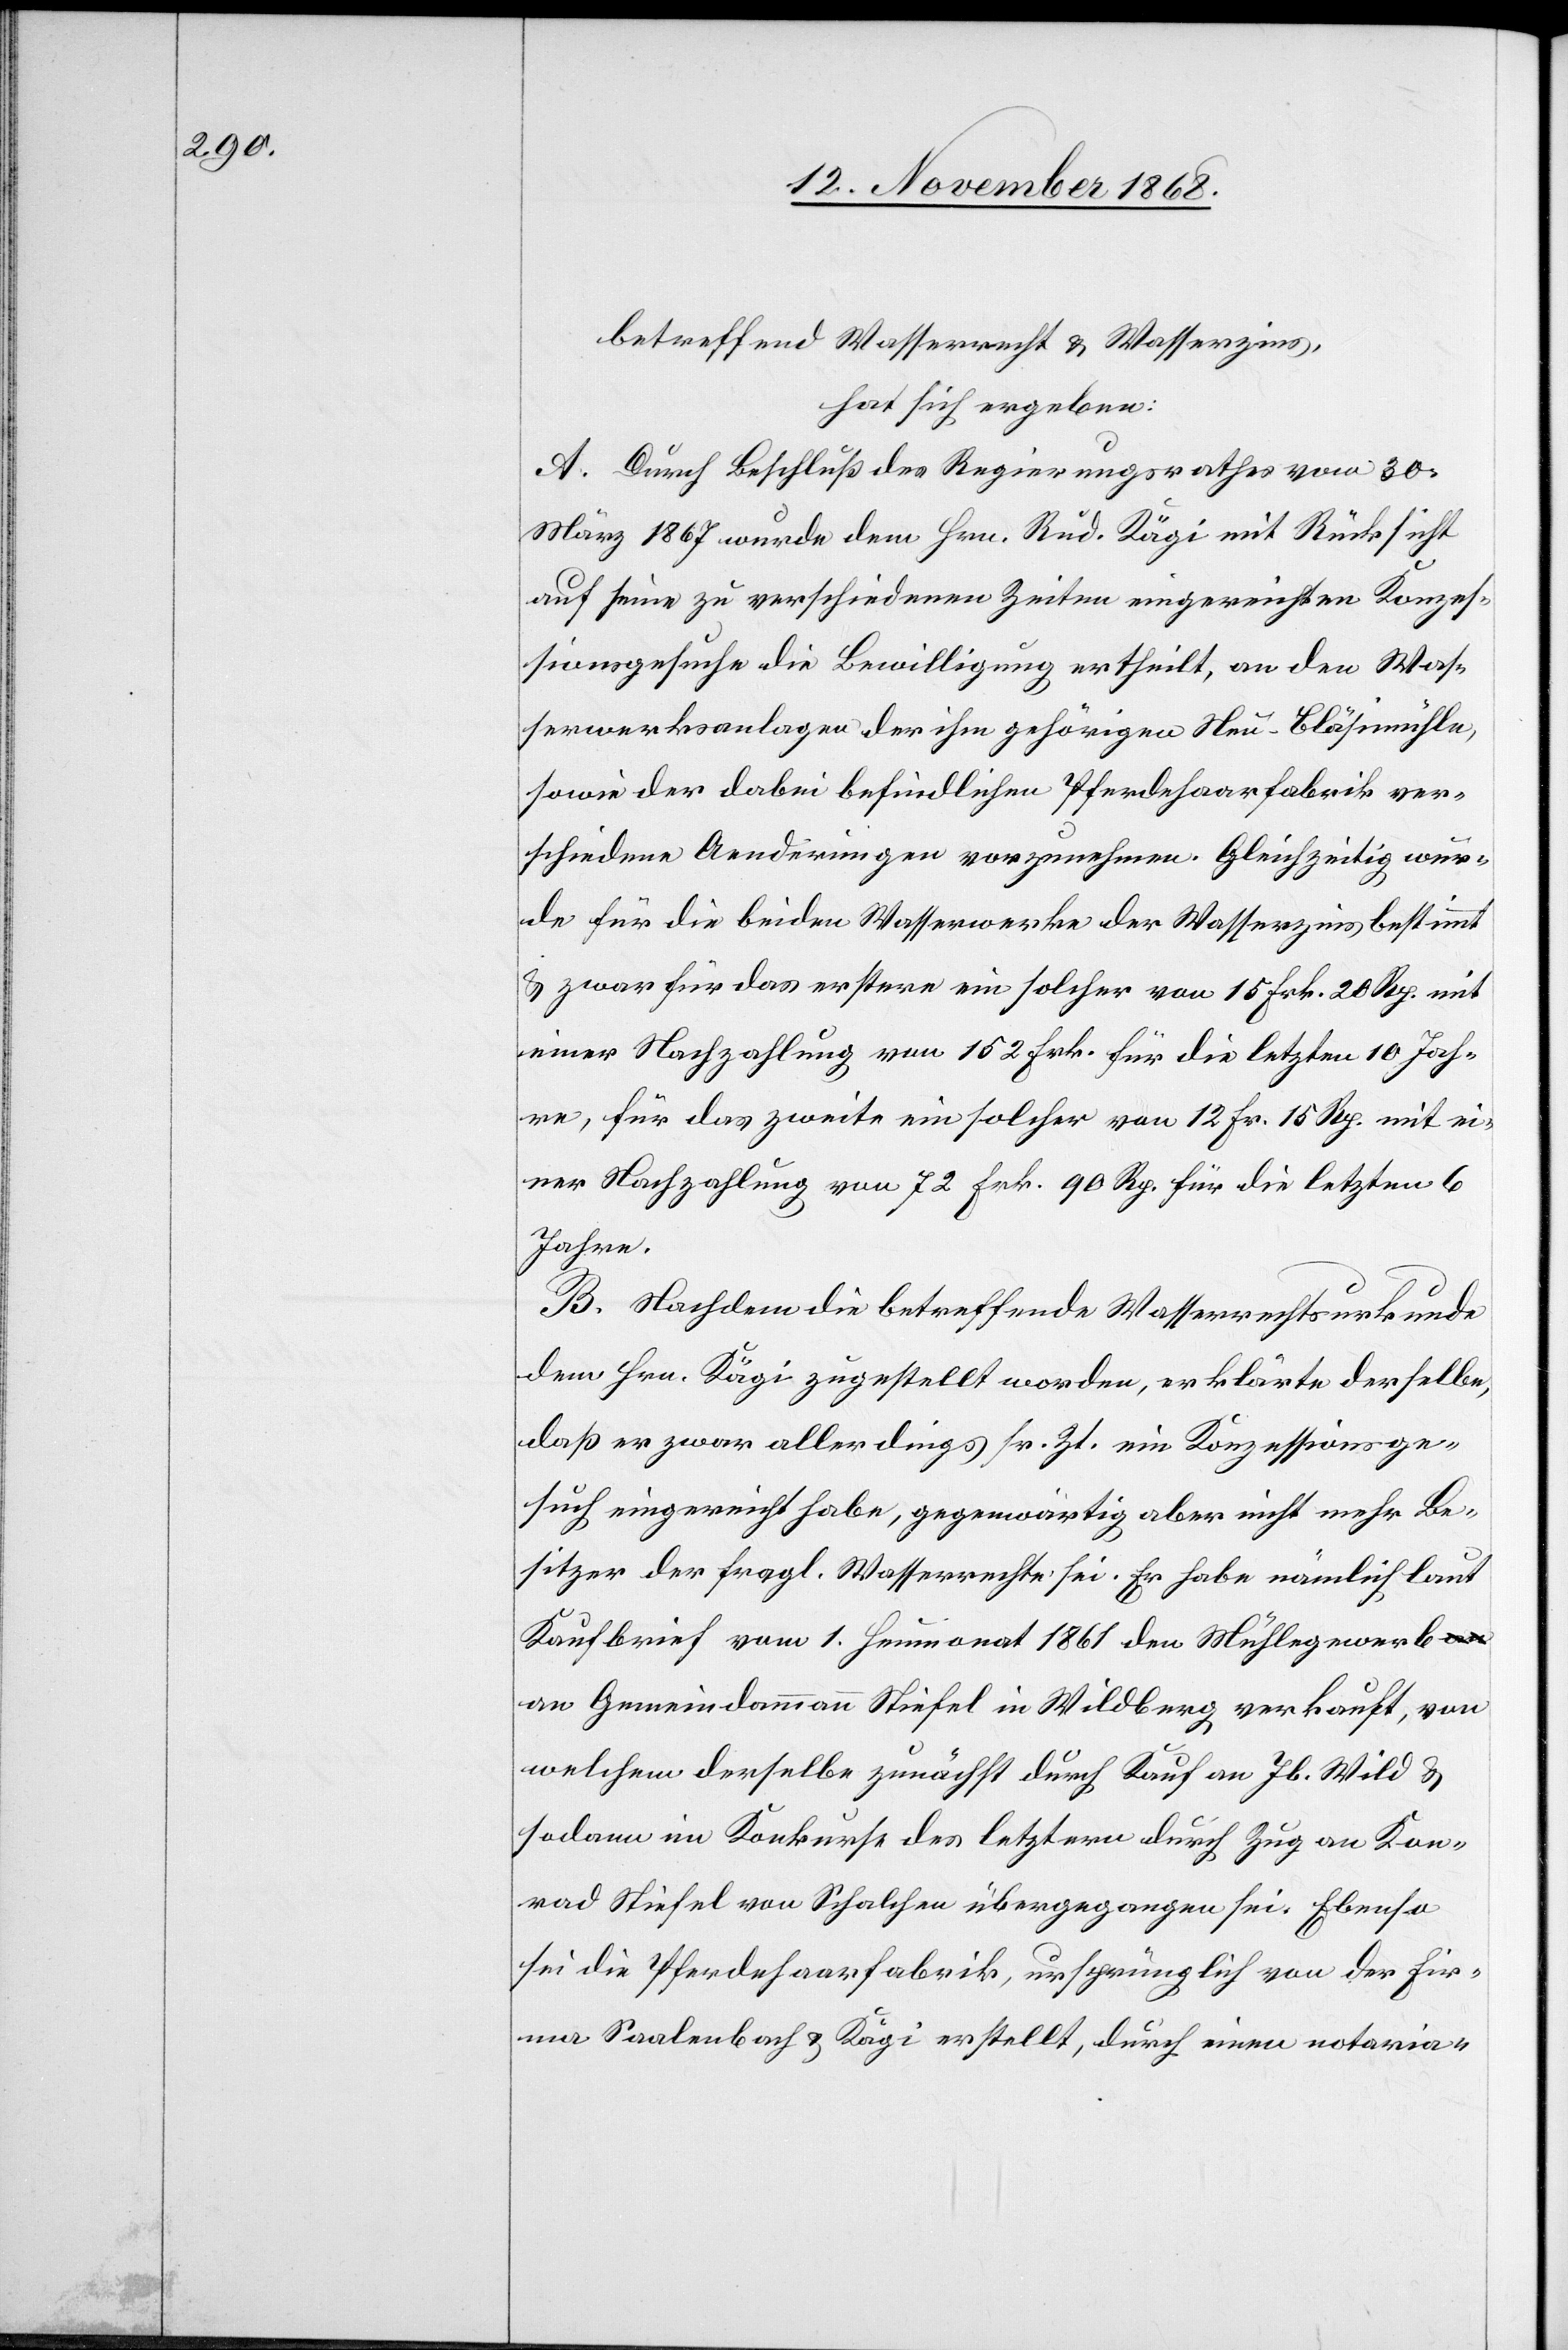
betreffend Wasserrecht & Wasserzins,
hat sich ergeben:
A. Durch Beschluß des Regierungsrathes vom 30.
März 1867 wurde dem Hrn. Rud. Kägi mit Rücksicht
auf seine zu verschiedenen Zeiten eingereichten Konzes¬
sionsgesuche die Bewilligung ertheilt, an den Was¬
serwerksanlagen der ihm gehörigen Neu-Bläsimühle,
sowie der dabei befindlichen Pferdehaarfabrik ver¬
schiedene Aenderungen vorzunehmen. Gleichzeitig wur¬
de für die beiden Wasserwerke der Wasserzins bestimmt
& zwar für das erstere ein solcher von 15 Frk. 20 Rp. mit
einer Nachzahlung von 152 Frk. für die letzten 10 Jah¬
re, für das zweite ein solcher von 12 Fr. 15 Rp. mit ei¬
ner Nachzahlung von 72 Frk. 90 Rp. für die letzten 6
Jahre.
B. Nachdem die betreffende Wasserrechtsurkunde
dem Hrn. Kägi zugestellt worden, erklärte derselbe,
daß er zwar allerdings sr. Zt. ein Konzessionsge¬
such eingereicht habe, gegenwärtig aber nicht mehr Be¬
sitzer der fragl. Wasserrechte sei. Er habe nämlich laut
Kaufbrief vom 1. Heumonat 1861 den Mühlegewerb
an Gemeindammann Stiefel in Wildberg verkauft, von
welchem derselbe zunächst durch Kauf an Jb. Wild &
sodann im Konkurse des letztern durch Zug an Kon¬
rad Stiefel von Schalchen übergegangen sei. Ebenso
sei die Pferdehaarfabrik, ursprünglich von der Fir¬
ma Saalenbach & Kägi erstellt, durch einen notaria-